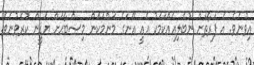
އިވުނެވެ. އެ ފަރާތަށް ނުބެލިއެއްކަމަކު އެއީ އޭނަގެ މަންމަކަން މިޞްބާޙަށް ޔަޤީން ކުރެވުނެވެ.